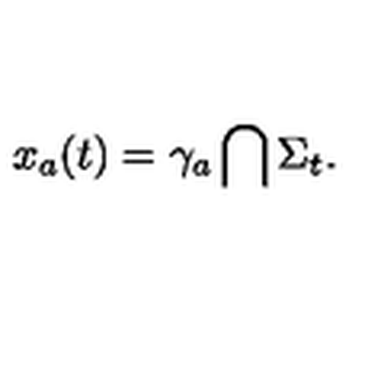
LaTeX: x _ { a } ( t ) = \gamma _ { a } \bigcap \Sigma _ { t } .